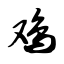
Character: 鸡